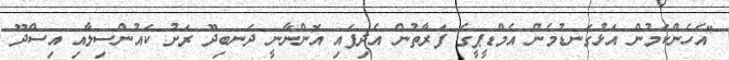
"އެހެންކަމުން އަޅުގަނޑުމެން އެމްޑީޕީގެ ފަރާތުން އެދިފައި އޮންނާނީ ދަނބިދޫ ރަށު ކައުންސިލާއި އިސްދޫ